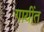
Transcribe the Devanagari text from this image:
गायींत